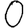
Digit: 0